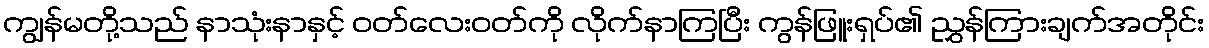
ကျွန်မတို့သည် နာသုံးနာနှင့် ဝတ်လေးဝတ်ကို လိုက်နာကြပြီး ကွန်ဖြူးရှပ်၏ ညွှန်ကြားချက်အတိုင်း